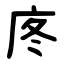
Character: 庝